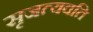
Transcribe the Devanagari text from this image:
सृजत्यवति